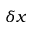
\delta x